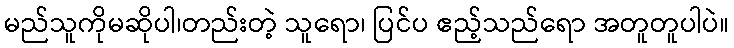
မည်သူကိုမဆိုပါ၊တည်းတဲ့ သူရော၊ ပြင်ပ ဧည့်သည်ရော အတူတူပါပဲ။